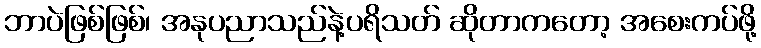
ဘာပဲဖြစ်ဖြစ်၊ အနုပညာသည်နဲ့ပရိသတ် ဆိုတာကတော့ အစေးကပ်ဖို့